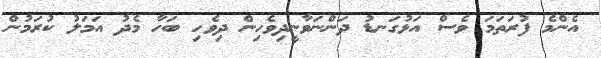
އެންމެ ފުރަތަމަ ވެސް އަޅުގަނޑު ދަންނަވާނީދިވެހިން ދިވެހި ބަހާ މެދު އަމަލު ކުރަމުން